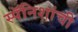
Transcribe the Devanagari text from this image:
स्पॅनिशांची